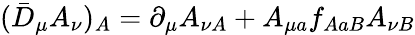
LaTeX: (\bar{D}_{\mu}A_{\nu})_{A}=\partial_{\mu}A_{\nu A}+A_{\mu a}f_{AaB}A_{\nu B}